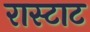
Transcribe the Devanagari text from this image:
रास्टाट